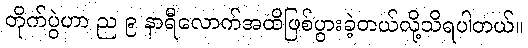
တိုက်ပွဲဟာ ည ၉ နာရီလောက်အထိဖြစ်ပွားခဲ့တယ်လို့သိရပါတယ်။